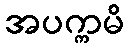
အပက္ကမိ